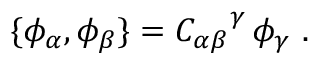
\{ \phi _ { \alpha } , \phi _ { \beta } \} = { C _ { \alpha \beta } } ^ { \gamma } \, \phi _ { \gamma } \ .